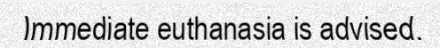
Immediate euthanasia is advised.